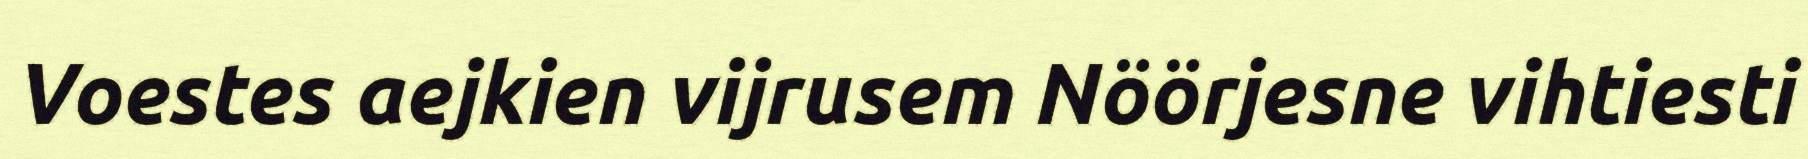
Voestes aejkien vijrusem Nöörjesne vihtiesti